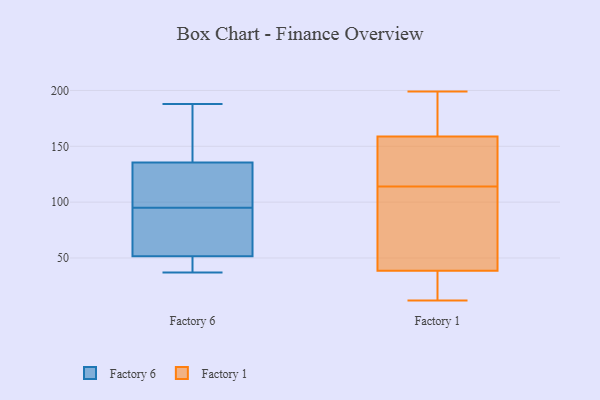
{"axis": {"x": "Website Visitors", "y": "Value"}, "legend": ["Factory 1", "Factory 6"], "data": [{"x": "", "y": 114, "type": "Factory 6"}, {"x": "", "y": 43, "type": "Factory 6"}, {"x": "", "y": 63, "type": "Factory 6"}, {"x": "", "y": 37, "type": "Factory 6"}, {"x": "", "y": 139, "type": "Factory 6"}, {"x": "", "y": 188, "type": "Factory 6"}, {"x": "", "y": 103, "type": "Factory 6"}, {"x": "", "y": 70, "type": "Factory 6"}, {"x": "", "y": 43, "type": "Factory 6"}, {"x": "", "y": 146, "type": "Factory 6"}, {"x": "", "y": 155, "type": "Factory 6"}, {"x": "", "y": 51, "type": "Factory 6"}, {"x": "", "y": 95, "type": "Factory 6"}, {"x": "", "y": 125, "type": "Factory 6"}, {"x": "", "y": 53, "type": "Factory 6"}, {"x": "", "y": 114, "type": "Factory 1"}, {"x": "", "y": 190, "type": "Factory 1"}, {"x": "", "y": 178, "type": "Factory 1"}, {"x": "", "y": 69, "type": "Factory 1"}, {"x": "", "y": 26, "type": "Factory 1"}, {"x": "", "y": 36, "type": "Factory 1"}, {"x": "", "y": 135, "type": "Factory 1"}, {"x": "", "y": 199, "type": "Factory 1"}, {"x": "", "y": 75, "type": "Factory 1"}, {"x": "", "y": 38, "type": "Factory 1"}, {"x": "", "y": 144, "type": "Factory 1"}, {"x": "", "y": 163, "type": "Factory 1"}, {"x": "", "y": 40, "type": "Factory 1"}, {"x": "", "y": 12, "type": "Factory 1"}, {"x": "", "y": 146, "type": "Factory 1"}]}